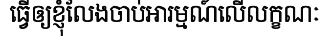
ធ្វើឲ្យខ្ញុំលែងចាប់អារម្មណ៍លើលក្ខណៈ